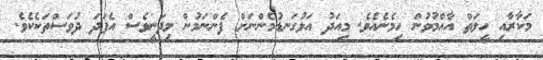
މަކާރާއި ހީލަތް އާއްމުވުން ހިމެނެއެވެ. މިއަދު އަޅުގަނޑުމެންނަށް ފެންނަމުން މިދަނީވެސް އެފަދަ ދުވަސްތަކެކެވެ.